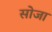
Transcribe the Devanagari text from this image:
सोजा